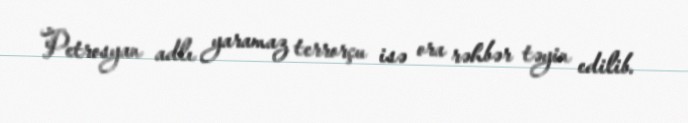
Petrosyan adlı yaramaz terrorçu isə ora rəhbər təyin edilib.